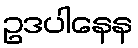
ဥဒပါနေန